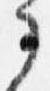
了